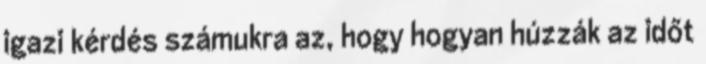
igazi kérdés számukra az, hogy hogyan húzzák az időt